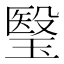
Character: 瑿